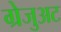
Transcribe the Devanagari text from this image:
ग्रेजुअट